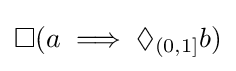
\Box (a\implies \Diamond _{(0,1]}b)